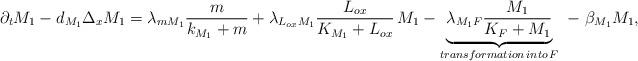
LaTeX: \begin{align*}\partial_t M_1 - d_{M_1} \Delta_x M_1 = \lambda_{m M_1} \frac{m}{k_{M_1} + m} + \lambda_{L_{ox}M_1} \frac{L_{ox}}{K_{M_1} + L_{ox}}\, M_1 - \underbrace{\lambda_{M_1 F} \frac{M_1}{K_F + M_1}}_{transformation \, into \, F}\ - \ \beta_{M_1} M_1,\end{align*}